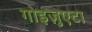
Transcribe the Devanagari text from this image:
गोइज़ुएटा